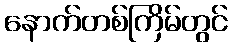
နောက်တစ်ကြိမ်တွင်